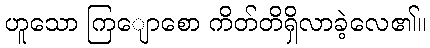
ဟူသော ကြျောစော ကိတ်တိရှိလာခဲ့လေ၏။